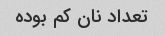
تعداد نان کم بوده